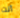
أنت